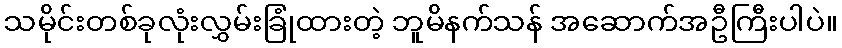
သမိုင်းတစ်ခုလုံးလွှမ်းခြုံထားတဲ့ ဘူမိနက်သန် အဆောက်အဦကြီးပါပဲ။